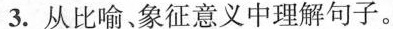
3.从比喻、象征意义中理解句子。